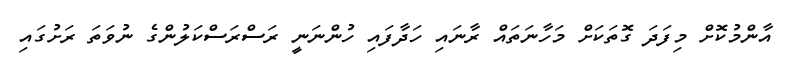
އާންމުކޮށް މިފަދަ ގޮތަކަށް މަހާނަތައް ރާނައި ހަދާފައި ހުންނަނީ ރަސްރަސްކަލުންގެ ނުވަތަ ރަށުގައި